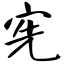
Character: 宪